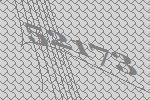
52173